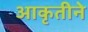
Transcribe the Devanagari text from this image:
आकृतीने